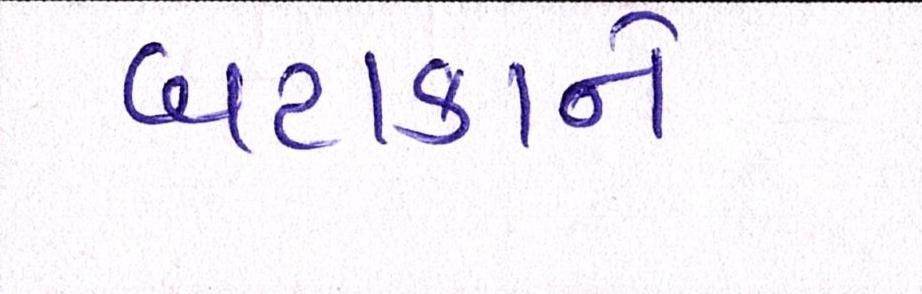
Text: બટાકાને